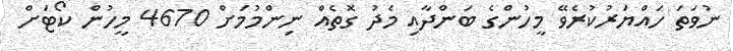
ނުވަތަ ހައްޔަރުކުރެވޭ މީހުންގެ ބަންދާއި މެދު ގޮތެއް ނިންމުމަށް 4670 މީހުން ކޯޓަށް